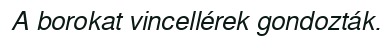
A borokat vincellérek gondozták.